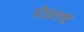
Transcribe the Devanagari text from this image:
मीळवणे